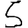
Digit: 5